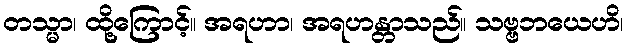
တသ္မာ၊ ထို့ကြောင့်။ အရဟာ၊ အရဟန္တာသည်။ သဗ္ဗဘယေဟိ၊